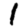
Digit: 1